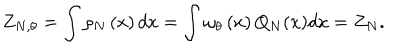
LaTeX: Z _ { N , \theta } = \int \rho _ { N } \left( x \right) d x = \int \omega _ { \theta } \left( x \right) Q _ { N } ( x ) d x = Z _ { N } .